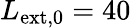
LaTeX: L_{\mathrm{ext,0}}=40